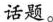
话题。